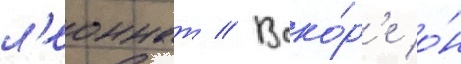
л'еоннат // Вско́р'е о́н